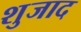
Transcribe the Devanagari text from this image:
शुजाद